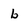
Character: b